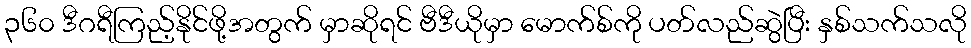
၃၆၀ ဒီဂရီကြည့်နိုင်ဖို့အတွက် မှာဆိုရင် ဗီဒီယိုမှာ မောက်စ်ကို ပတ်လည်ဆွဲပြီး နှစ်သက်သလို